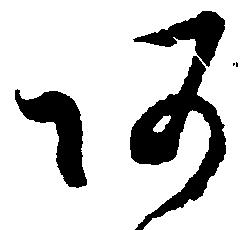
あ